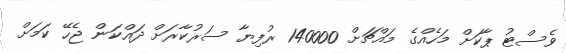
ވެސްޓު ޕާކަށް މަހެއްގެ މައްޗަށް 140000 ރުފިޔާ ސަރުކާރަށް ދައްކަން ޖެހޭ ކަމަށް